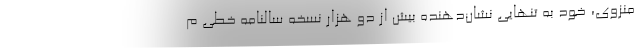
منزوی، خود به تنهایی نشان‌دهنده بیش از دو هزار نسخه سالنامه خطی م